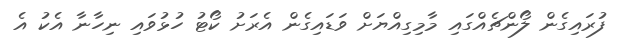
ފުރައިގެން ލޯންޗެއްގައި މާމިގިއްޔަށް ވަޑައިގެން އެރަށު ކޯޓު ހުޅުވައި ނިހާނާ އެކު އެ